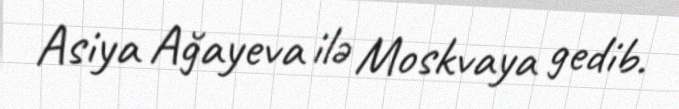
Asiya Ağayeva ilə Moskvaya gedib.